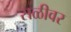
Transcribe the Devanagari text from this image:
सळीवर